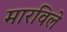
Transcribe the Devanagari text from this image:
मारविले